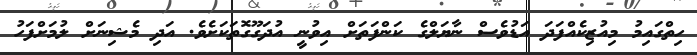
ހިތްގައިމު މިއުޒިކެއްފަދަ އަޑުވެސް ނާޔަލްގެ ކަންފަތަށް އިވުނީ އުދަގޫގޮތަކަށެވެ. އަދި މެޝިނަށް ލުމަށްފަހު